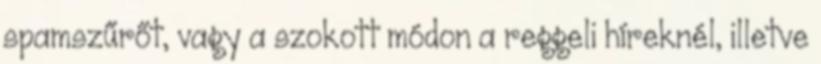
spamszűrőt, vagy a szokott módon a reggeli híreknél, illetve